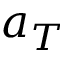
a _ { T }